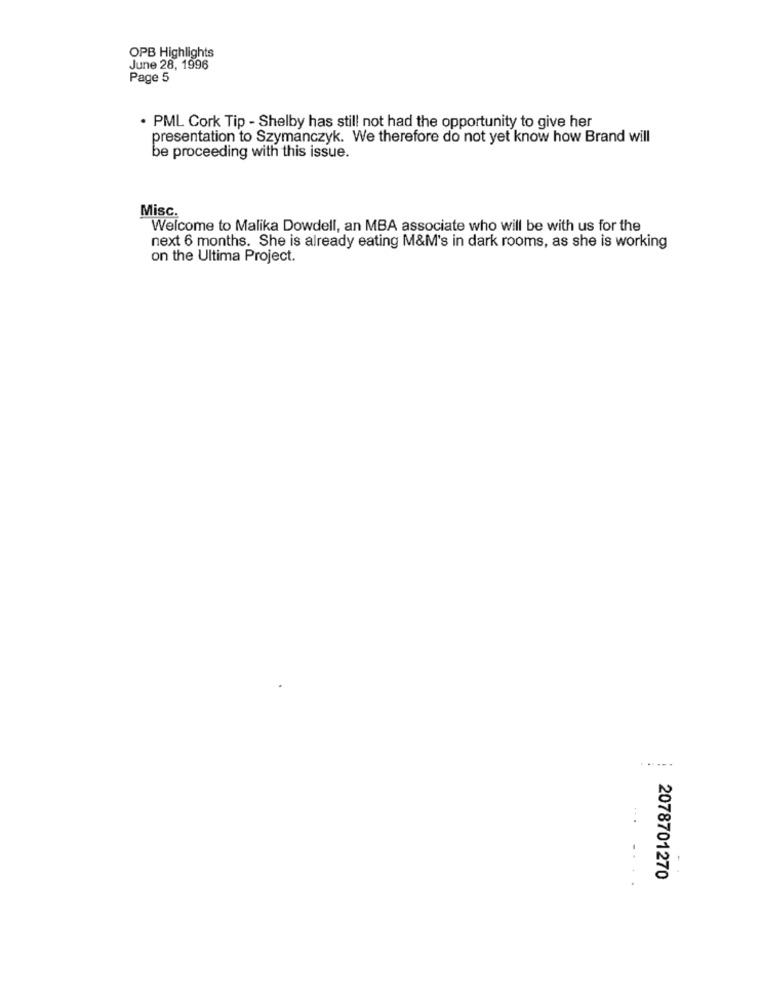
OPB Highlights
June 28, 1996
Page 5
. PML Cork Tip - Shelby has still not had the opportunity to give her
presentation to Szymanczyk. We therefore do not yet know how Brand will
be proceeding with this issue.
Misc.
Welcome to Malika Dowdell, an MBA associate who will be with us for the
next 6 months. She is already eating M&M's in dark rooms, as she is working
on the Ultima Project.
......
2078701270